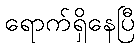
ရောက်ရှိနေပြီ